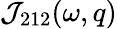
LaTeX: {\cal J}_{212}(\omega,q)